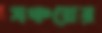
সঞ্চয়ের